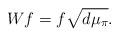
LaTeX: \begin{align*} W f = f\sqrt{d\mu_\pi} . \end{align*}